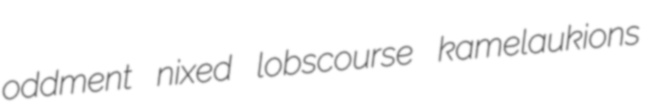
oddment nixed lobscourse kamelaukions